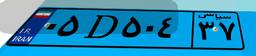
۰۶D۰۳۱۸۴